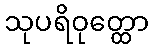
သုပရိဝုတ္ထော